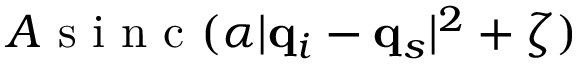
A \mathrm { ~ s ~ i ~ n ~ c ~ } ( \alpha | \mathbf { q } _ { i } - \mathbf { q } _ { s } | ^ { 2 } + \zeta )